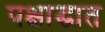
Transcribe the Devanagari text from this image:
पक्षाद्घात